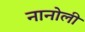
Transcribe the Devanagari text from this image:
नानोली